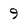
Character: 9